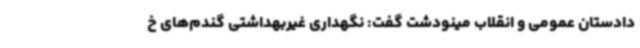
دادستان عمومی و انقلاب مینودشت گفت: نگهداری غیربهداشتی گندم‌های خ